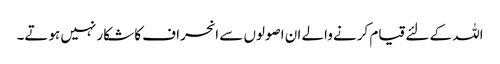
اللہ کے لئے قیام کرنے والے ان اصولوں سے انحراف کا شکار نہیں ہوتے۔